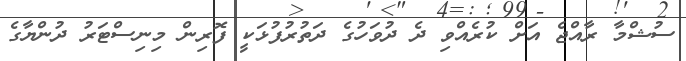
ސުޝްމާ ރާއްޖެ އަށް ކުރެއްވި ދެ ދުވަހުގެ ދަތުރުފުޅަކީ ފޮރިން މިނިސްޓަރު ދުންޔާގެ